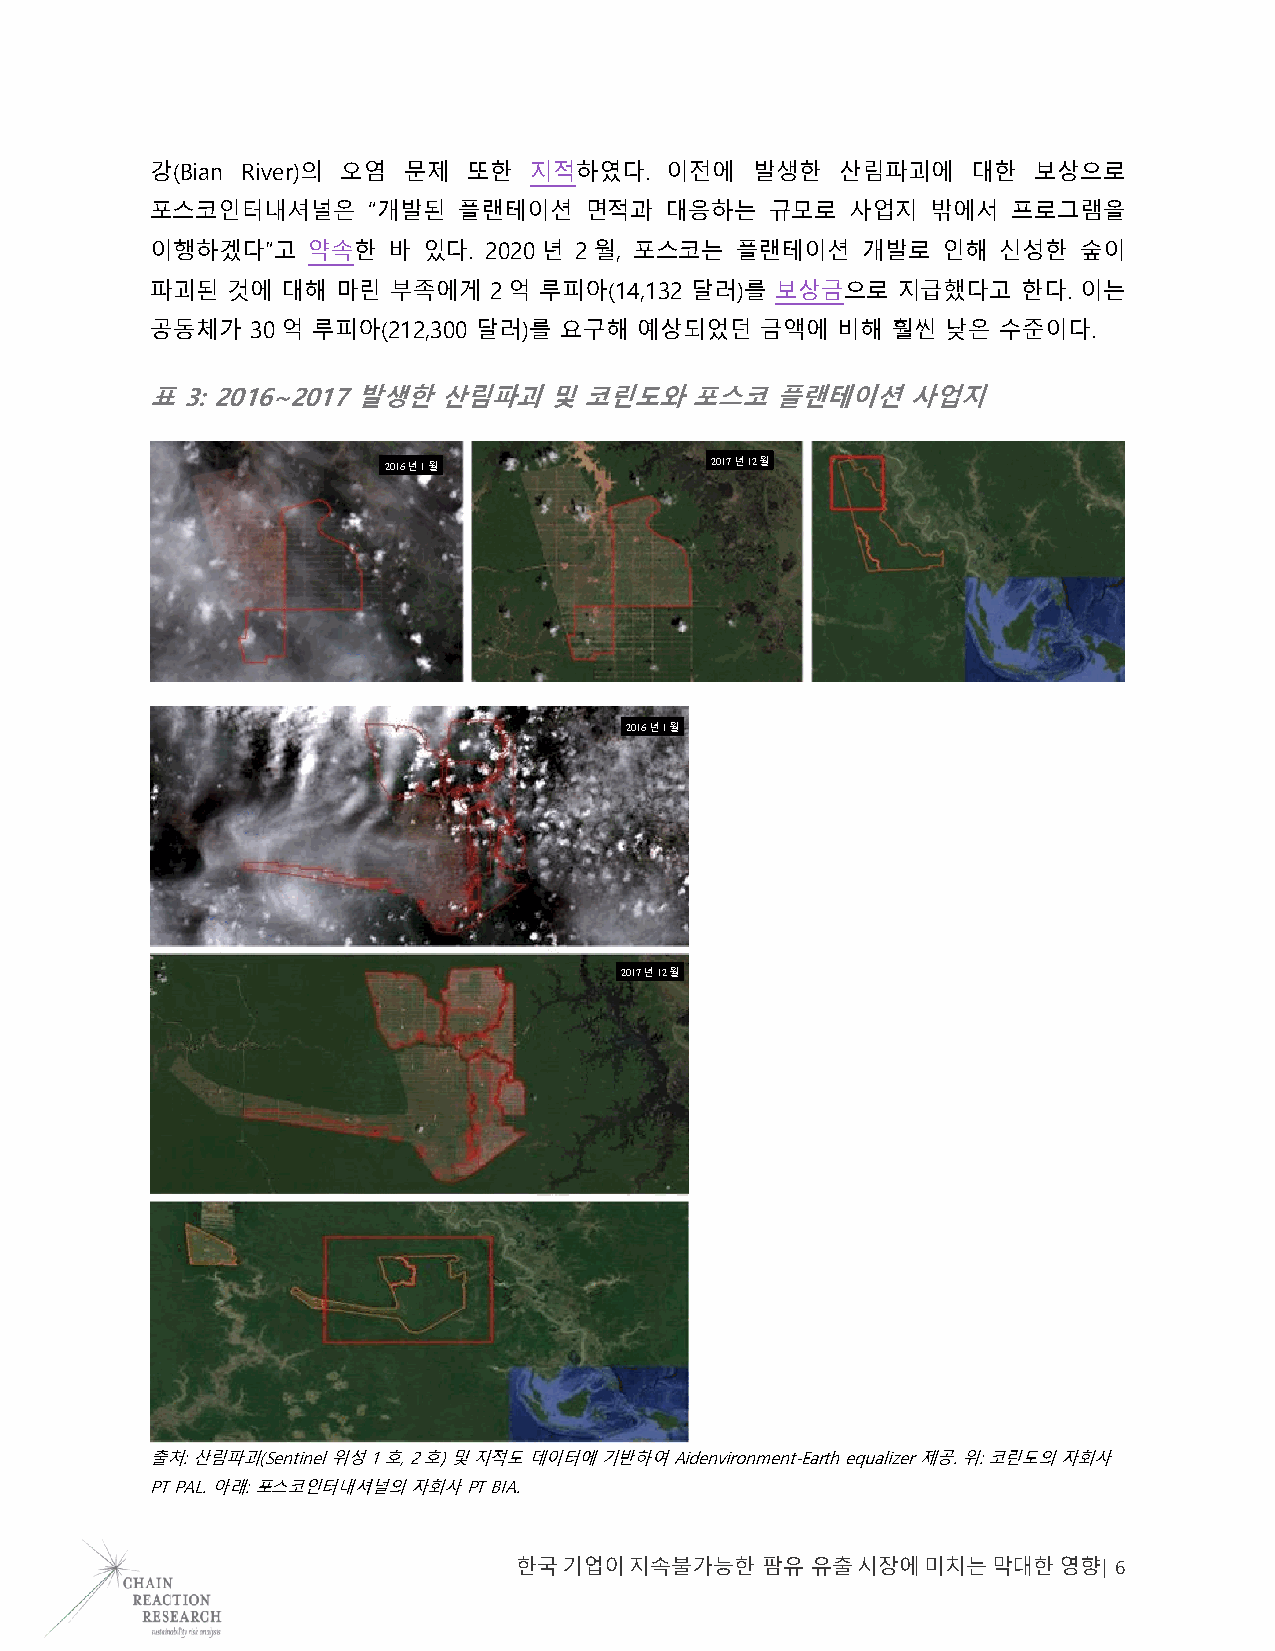
강(Bian River)의 오염 문제 또한  지적하였다.   이전에   발생한   산림파괴에   대한  보상으로
 포스코인터내셔널은     “개발된  플랜테이션    면적과  대응하는   규모로  사업지   밖에서  프로그램을
 이행하겠다”고   약속한   바 있다. 2020년 2월, 포스코는   플랜테이션   개발로  인해  신성한  숲이
 파괴된  것에  대해 마린  부족에게  2억  루피아(14,132 달러)를 보상금으로  지급했다고    한다. 이는
 공동체가   30억 루피아(212,300 달러)를 요구해 예상되었던   금액에  비해  훨씬  낮은 수준이다.
 표 3: 2016~2017 발생한 산림파괴   및  코린도와   포스코  플랜테이션    사업지
 2016년 1월              2017년 12월
 2016년 1월
 2017년 12월
 출처: 산림파괴(Sentinel 위성 1호, 2호) 및 지적도 데이터에 기반하여 Aidenvironment-Earth equalizer 제공. 위: 코린도의 자회사
 PT PAL. 아래: 포스코인터내셔널의 자회사 PT BIA.
 한국 기업이  지속불가능한  팜유  유출 시장에 미치는  막대한 영향| 6